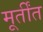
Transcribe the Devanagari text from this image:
मूर्तींत